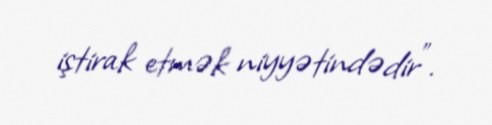
iştirak etmək niyyətindədir”.